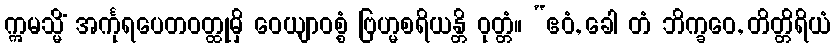
ဣမသ္မိံ အင်္ကုရပေတဝတ္ထုမှိ ဝေယျာဝစ္စံ ဗြဟ္မစရိယန္တိ ဝုတ္တံ။ “ဧဝံ, ခေါ တံ ဘိက္ခဝေ, တိတ္တိရိယံ